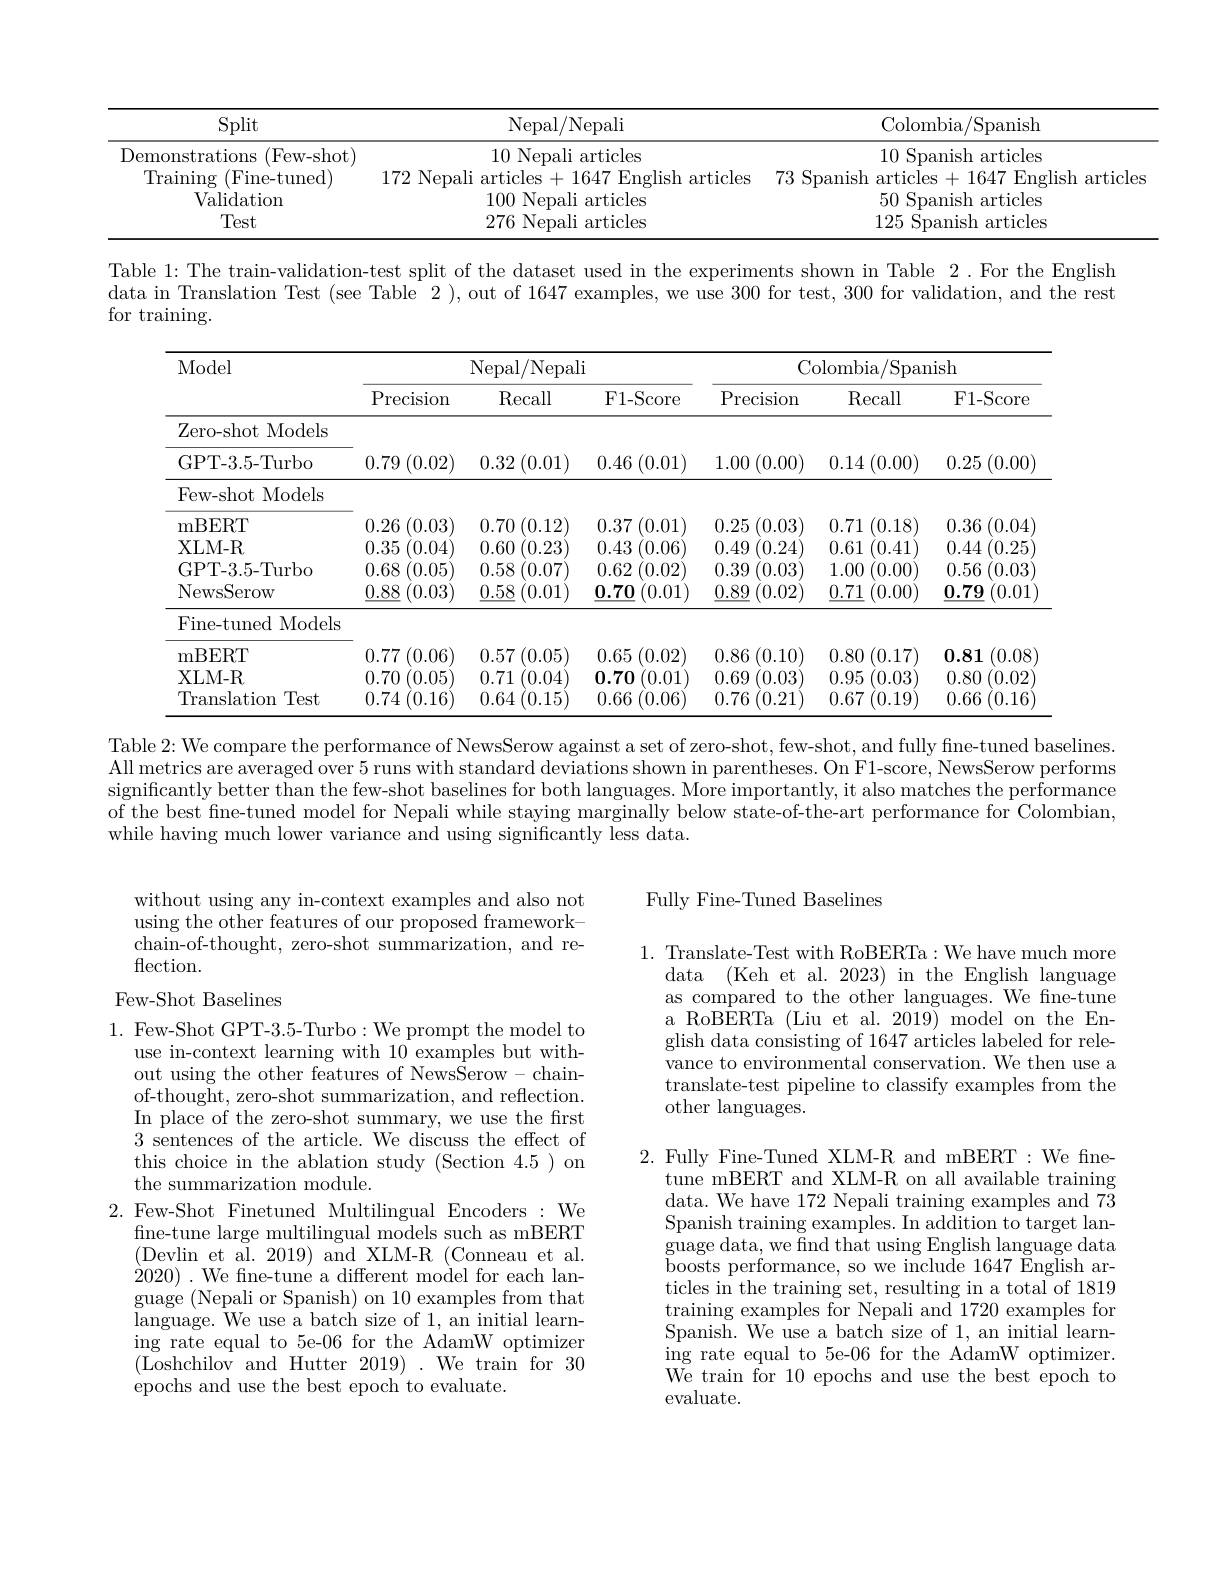
<table>
	<tbody>
		<tr>
			<th>$\operatorname{Split}$</th>
			<th>Nepal/Nepali</th>
			<th>Colombia/Spanish</th>
		</tr>
		<tr>
			<td>Demonstrations (Few- shot)</td>
			<td>10 Nepali articles</td>
			<td>10 Spanish articles</td>
		</tr>
		<tr>
			<td>Training (Fine-tuned)</td>
			<td>Nemal $\sigma|1sh$ article</td>
			<td>articles 1647English 73 Spanish $\frac{1}{4}$</td>
		</tr>
		<tr>
			<td>Validation</td>
			<td>100 Nenal articles</td>
			<td>50 Spanish articles</td>
		</tr>
		<tr>
			<td>Test</td>
			<td>276 Nenali articles</td>
			<td>125 Spanish articles</td>
		</tr>
	</tbody>
</table>
articles

Table 1: The train-validation-test split of the dataset used in the experiments shown in Table 2. For the English data in Translation Test (see Table 2), out of 1647 examples, we use 300 for test, 300 for validation, and the rest for training.

<table>
	<tbody>
		<tr>
			<th rowspan="2">Model</th>
			<th colspan="3">Nepal/ Nepali</th>
			<th colspan="3">Colombia/Spanish</th>
		</tr>
		<tr>
			<th>$\operatorname{Precision}$</th>
			<th>Recall</th>
			<th>F1- Score</th>
			<th>$\operatorname{Precision}$</th>
			<th>Recall</th>
			<th>F1- Score</th>
		</tr>
		<tr>
			<td>Zero- shot Models</td>
			<td> </td>
			<td> </td>
			<td> </td>
			<td> </td>
			<td> </td>
			<td> </td>
		</tr>
		<tr>
			<td>GPT-3.5-Turbo</td>
			<td>0.79 (0.02)</td>
			<td>0.32 (0.01)</td>
			<td>0.46 ;(0.01)</td>
			<td>1.00 $\mathcal{O}(0.00)$ 1</td>
			<td>0.14 (0.00)</td>
			<td>0.25 (0.00)</td>
		</tr>
		<tr>
			<td>Few-shot Models</td>
			<td> </td>
			<td> </td>
			<td> </td>
			<td> </td>
			<td> </td>
			<td> </td>
		</tr>
		<tr>
			<td>mBERT</td>
			<td>(0.03) 0.26</td>
			<td>0.70 0 (0.12)</td>
			<td>(0.01) 0.37</td>
			<td>(0.03) 0.25</td>
			<td>(0.18) 0.71</td>
			<td>0.36 (0.04</td>
		</tr>
		<tr>
			<td>XLM- R</td>
			<td>0.35 (0.04</td>
			<td>0.60 (0.23)</td>
			<td>0.43 (0.06)</td>
			<td>0.49 (0.24</td>
			<td>0.61 (0.41 11</td>
			<td>0.44 (0.25</td>
		</tr>
		<tr>
			<td>GPT-3.5-Turbo</td>
			<td>0.68 (0.05</td>
			<td>0.58 $(0.07^{\cdot}$</td>
			<td>0.62 (0.02</td>
			<td>0.39 (0.03</td>
			<td>1.00 (0.00)</td>
			<td>0.56 (0.03</td>
		</tr>
		<tr>
			<td>NewsSerow</td>
			<td>$\underline{0.88}$ (0.03)</td>
			<td>$\underline{0.58}$ (0.01)</td>
			<td>$\underline{0.70}$ (0.01)</td>
			<td>$\underline{0.89}$ (0.02)</td>
			<td>0.71 (0.00)</td>
			<td>$\underline{0.79}$ (0.01</td>
		</tr>
		<tr>
			<td>Fine-tuned Models</td>
			<td> </td>
			<td> </td>
			<td> </td>
			<td> </td>
			<td> </td>
			<td> </td>
		</tr>
		<tr>
			<td>mBERT</td>
			<td>0.77 (0.06)</td>
			<td>0.57 (0.05)</td>
			<td>0.65 (0.02)</td>
			<td>0.86 (0.10)</td>
			<td>0.80 (0.17)</td>
			<td>(0.08 0.81</td>
		</tr>
		<tr>
			<td>XLM- R</td>
			<td>0.70 (0.05</td>
			<td>0.71 (0.04</td>
			<td>0.70 (0.01)</td>
			<td>0.69 (0.03</td>
			<td>0.95 (0.03)</td>
			<td>0.80 (0.02</td>
		</tr>
		<tr>
			<td>Test Translation</td>
			<td>0.74 (0.16</td>
			<td>0.64 $^{'}0.15$</td>
			<td>0.66 0. .06</td>
			<td>0.76 (0.21</td>
			<td>0.67 (0.19</td>
			<td>0.66 $^{'}0.16$</td>
		</tr>
	</tbody>
</table>

Table 2: We compare the performance of NewsSerow against a set of zero-shot, few-shot, and fully fine-tuned baselines All metrics are averaged over 5 runs with standard deviations shown in parentheses. On F1-score, NewsSerow performs significantly better than the few-shot baselines for both languages. More importantly, it also matches the performance of the best fine-tuned model for Nepali while staying marginally below state-of-the-art performance for Colombian, while having much lower variance and using significantly less data.

## Fully Fine-Tuned Baselines

without using any in-context examples and also not using the other features of our proposed frameworkchain-of-thought, zero-shot summarization, and reflection.

## Few-Shot Baselines

1. Translate- Test with RoBERTa: We have much more
data (Keh et al. 2023) in the English language as compared to the other languages. We fine-tune a RoBERTa (Liu et al. 2019) model on the English data consisting of 1647 articles labeled for relevance to environmental conservation. We then use a translate-test pipeline to classify examples from the other languages.

1. Few-Shot GPT-3.5-Turbo: We prompt the model to
use in-context learning with 10 examples but without using the other features of NewsSerow- chainof-thought, zero-shot summarization, and reflection. In place of the zero-shot summary, we use the frst 3 sentences of the article. We discuss the effect of this choice in the ablation study (Section 4.5)on the summarization module.
2. Few-Shot Finetuned Multilingual Encoders:We
fine-tune large multilingual models such as mBERT (Devlin et al. 2019) and XLM-R (Conneau et al. $\grave{2}020).$ We fne-tune a different model for each language (Nepali or Spanish) on 10 examples from that language. We use a batch size of 1, an initial learning rate equal to 5e-06 for the AdamW optimizer (Loshchilov and Hutter 2019).We train for 30 epochs and use the best epoch to evaluate.

2. Fully Fine-Tuned XLM-R and mBERT :We fine-
tune mBERT and XLM-R on all available training data. We have 172 Nepali training examples and 73 Spanish training examples. In addition to target language data, we find that using English language data boosts performance, so we include 1647 English articles in the training set, resulting in a total of 1819 training examples for Nepali and 1720 examples for Spanish. We use a batch size of 1, an initial learning rate equal to 5e-06 for the AdamW optimizer. We train for 10 epochs and use the best epoch to evaluate.